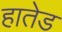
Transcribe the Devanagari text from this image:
हातेड